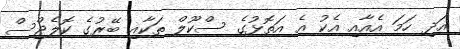
އަދި ހަމަ އެއާއި އެކު އެ އަތޮޅުގެ ސްކޫލް ތަކާއި ބޭރުގެ ކޮލެޖްސް